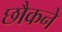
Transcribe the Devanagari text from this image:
छौकने